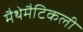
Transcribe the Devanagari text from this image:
मैथेमैटिकली